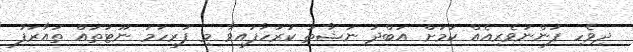
ދިވެހި ފަންނުވެރިއެއް ކަމަށް އަބްދު ނަޝާތު ކުރަހާފައިވާ މި ފުރިހަމަ ނޫޓުތައް ތައާރަފު